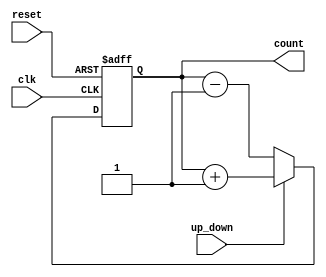
module UpDownCounter (
  input wire clk,
  input wire reset,
  input wire up_down,
  output reg [3:0] count
);

always @(posedge clk or posedge reset) begin
  if (reset) begin
    count <= 4'b0000;
  end else begin
    if (up_down) begin
      count <= count + 4'b0001;
    end else begin
      count <= count - 4'b0001;
    end
  end
end

endmodule